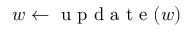
w \gets \mathrm { ~ u ~ p ~ d ~ a ~ t ~ e ~ } ( w )